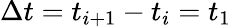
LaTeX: \Delta t=t_{i+1}-t_{i}=t_{1}